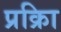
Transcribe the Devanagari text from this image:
प्रक्रिा